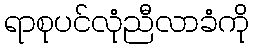
ရာစုပင်လုံညီလာခံကို